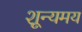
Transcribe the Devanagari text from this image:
शून्यमय